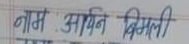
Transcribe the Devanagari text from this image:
नाम : अश्विन बिमली